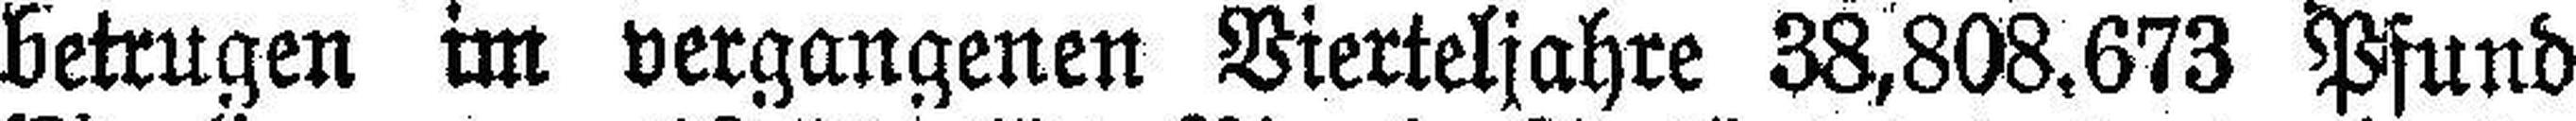
betrugen im vergangenen Vierteljahre 38,808.673 Pfund